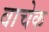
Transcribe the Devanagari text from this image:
वाचेक